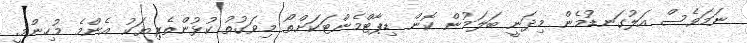
ނަމަވެސް އަލުގަނޑުމެން މިދަނީ ބަލަމުން ކޮން ޑިޕާޓްމެންޓަކަށްތޯ މިވަގުތު ކުޅުންތެރިޔަކު އެންމެ މުހިންމީ.